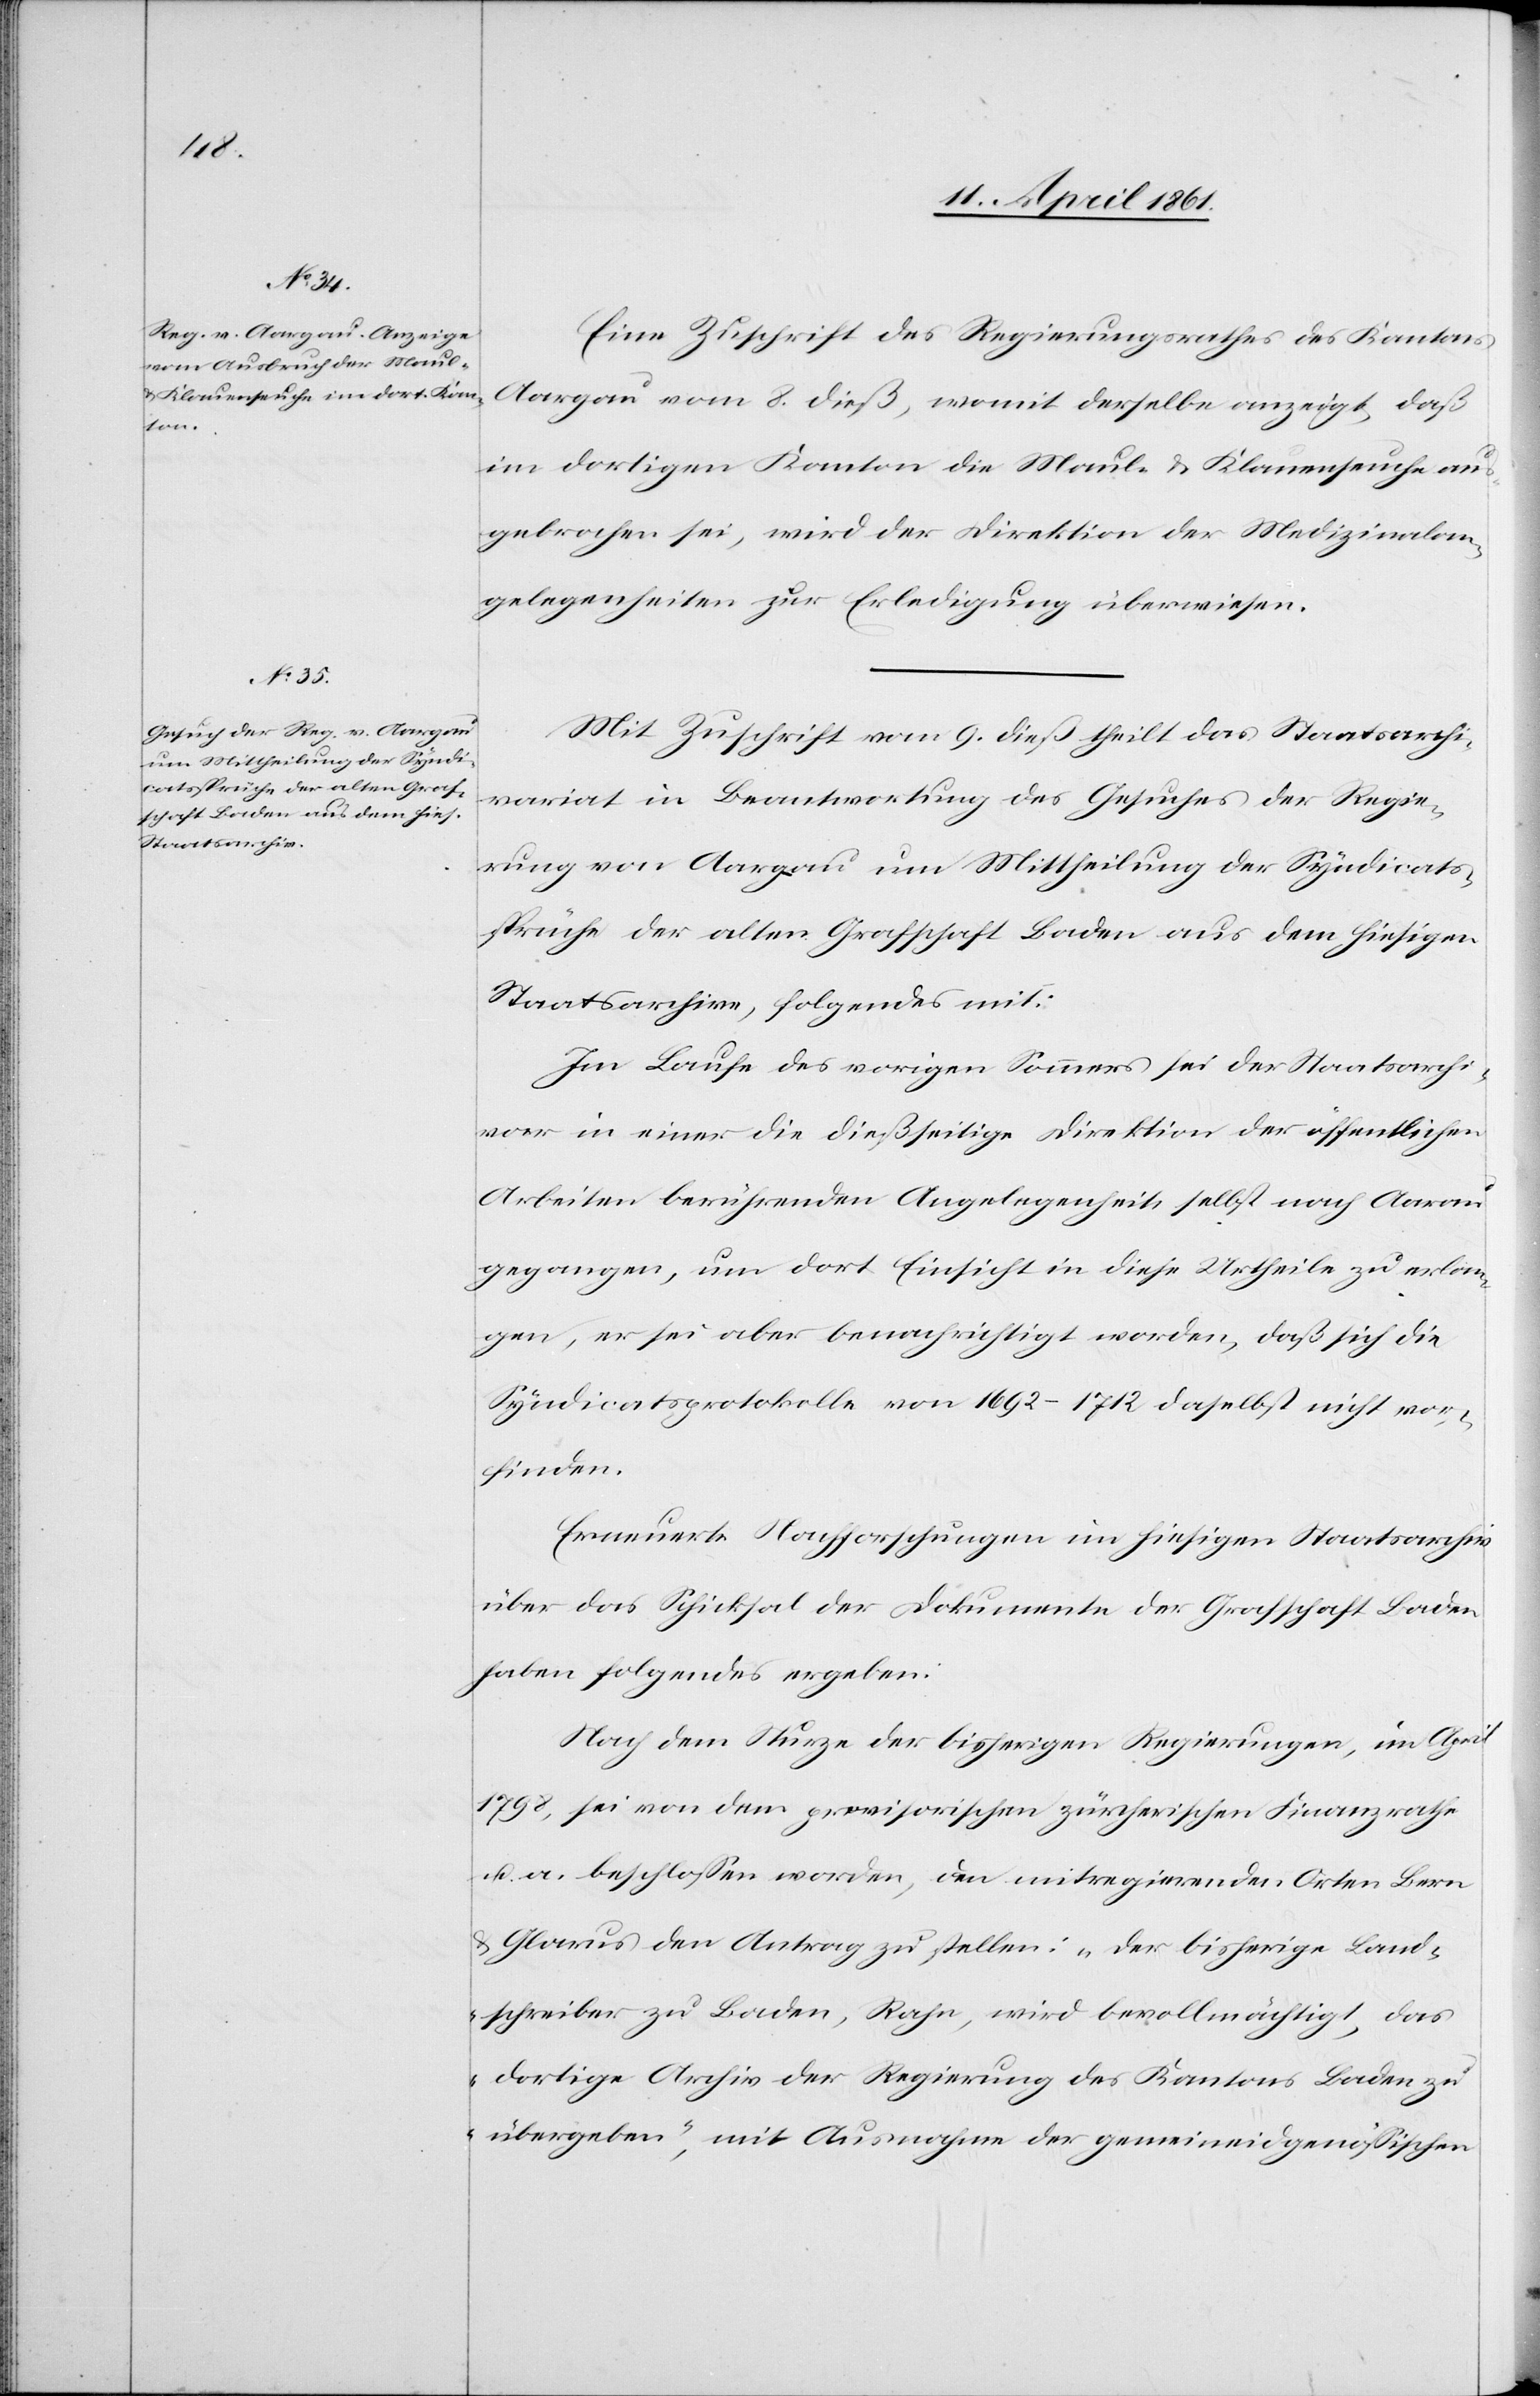
Eine Zuschrift des Regierungsrathes des Kantons
Aargau vom 8. dieß, womit derselbe anzeigt, daß
im dortigen Kanton die Maul- u. Klauenseuche au¬
sgebrochen sei, wird der Direktion der Medizinalan¬
gelegenheiten zur Erledigung überwiesen.
Mit Zuschrift vom 9. dieß theilt das Staatsarchi¬
variat in Beantwortung des Gesuches der Regie¬
rung von Aargau um Mittheilung der Syndicats¬
sprüche der alten Grafschaft Baden aus dem hiesigen
Staatsarchive, folgendes mit:
Im Laufe des vorigen Sommers sei der Staatsarchi¬
var in einer die dießseitige Direktion der öffentlichen
Arbeiten berührenden Angelegenheit selbst nach Aarau
gegangen, um dort Einsicht in diese Urtheile zu erlan¬
gen, er sei aber benachrichtigt worden, daß sich die
Syndicatsprotokolle von 1692–1712 daselbst nicht vor¬
finden.
Erneuerte Nachforschungen im hiesigen Staatsarchiv
über das Schicksal der Dokumente der Grafschaft Baden
haben folgendes ergeben:
Nach dem Sturze der bisherigen Regierungen, im April
1798, sei von dem provisorischen zürcherischen Finanzrathe
u. a. beschlossen worden, den mitregierenden Orten Bern
u. Glarus den Antrag zu stellen: „der bisherige Land¬
schreiber zu Baden, Rahn, wird bevollmächtigt, das
dortige Archiv der Regierung des Kantons Baden zu
übergeben“[sic!], mit Ausnahme der gemeineidgenössischen